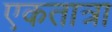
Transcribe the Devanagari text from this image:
एकतात्रा